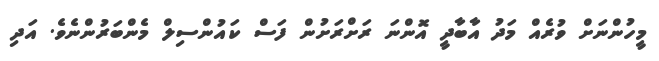
މީހުންނަށް ވުރެއް މަދު އާބާދީ އޮންނަ ރަށްރަށުން ފަސް ކައުންސިލް މެންބަރުންނެވެ. އަދި